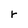
Character: r